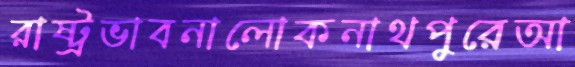
রাষ্ট্রভাবনালোকনাথপুরেআ